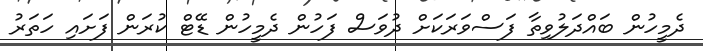
ދެމީހުން ބައްދަލުވިތާ ފަސްވަރަކަށް ދުވަސް ފަހުން ދެމީހުން ޑޭޓް ކުރަން ފަށައި ހަތަރު